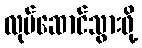
လုပ်ဆောင်သွားဖို့